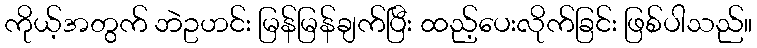
ကိုယ့်အတွက် ဘဲဥဟင်း မြန်မြန်ချက်ပြီး ထည့်ပေးလိုက်ခြင်း ဖြစ်ပါသည်။